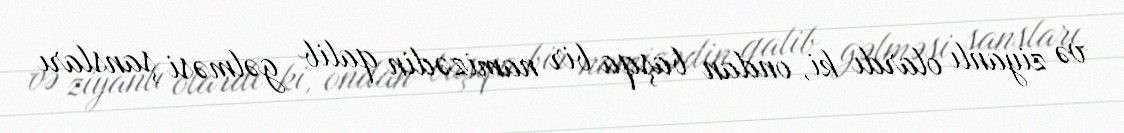
və ziyanlı olardı ki, ondan başqa bir namizədin qalib gəlməsi şansları